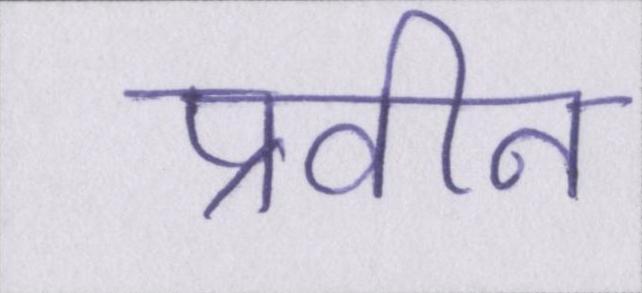
प्रवीन